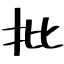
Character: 批